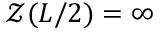
\mathcal { Z } ( L / 2 ) = \infty